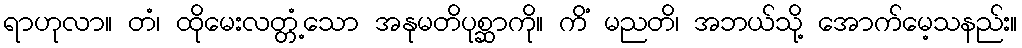
ရာဟုလာ။ တံ၊ ထိုမေးလတ္တံ့သော အနုမတိပုစ္ဆာကို။ ကိံ မညတိ၊ အဘယ်သို့ အောက်မေ့သနည်း။